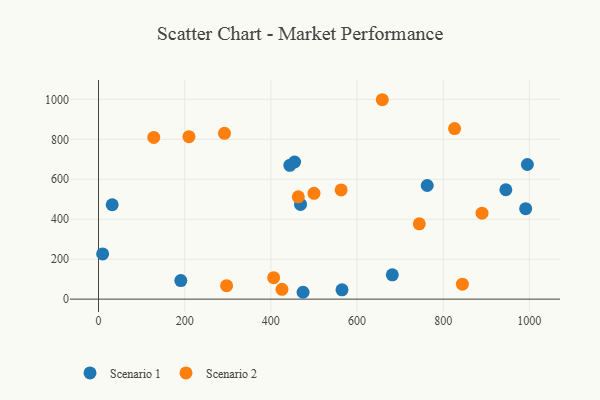
{"axis": {"x": "Ad Spend", "y": "Salary"}, "legend": ["Scenario 1", "Scenario 2"], "data": [{"x": "991.5", "y": 452.9, "type": "Scenario 1"}, {"x": "682.0", "y": 121.8, "type": "Scenario 1"}, {"x": "763.0", "y": 568.8, "type": "Scenario 1"}, {"x": "565.2", "y": 46.6, "type": "Scenario 1"}, {"x": "444.1", "y": 669.6, "type": "Scenario 1"}, {"x": "995.5", "y": 673.8, "type": "Scenario 1"}, {"x": "9.5", "y": 226.3, "type": "Scenario 1"}, {"x": "455.1", "y": 686.4, "type": "Scenario 1"}, {"x": "191.0", "y": 92.7, "type": "Scenario 1"}, {"x": "474.8", "y": 34.3, "type": "Scenario 1"}, {"x": "468.9", "y": 474.1, "type": "Scenario 1"}, {"x": "945.5", "y": 547.5, "type": "Scenario 1"}, {"x": "31.7", "y": 472.5, "type": "Scenario 1"}, {"x": "292.4", "y": 829.9, "type": "Scenario 2"}, {"x": "500.1", "y": 529.7, "type": "Scenario 2"}, {"x": "844.7", "y": 74.7, "type": "Scenario 2"}, {"x": "425.8", "y": 49.0, "type": "Scenario 2"}, {"x": "128.2", "y": 809.2, "type": "Scenario 2"}, {"x": "463.7", "y": 512.2, "type": "Scenario 2"}, {"x": "744.6", "y": 377.1, "type": "Scenario 2"}, {"x": "826.5", "y": 853.5, "type": "Scenario 2"}, {"x": "658.7", "y": 998.1, "type": "Scenario 2"}, {"x": "297.3", "y": 67.2, "type": "Scenario 2"}, {"x": "563.2", "y": 546.8, "type": "Scenario 2"}, {"x": "209.9", "y": 813.1, "type": "Scenario 2"}, {"x": "406.5", "y": 107.5, "type": "Scenario 2"}, {"x": "890.2", "y": 430.2, "type": "Scenario 2"}]}